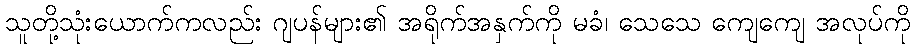
သူတို့သုံးယောက်ကလည်း ဂျပန်များ၏ အရိုက်အနှက်ကို မခံ၊ သေသေ ကျေကျေ အလုပ်ကို